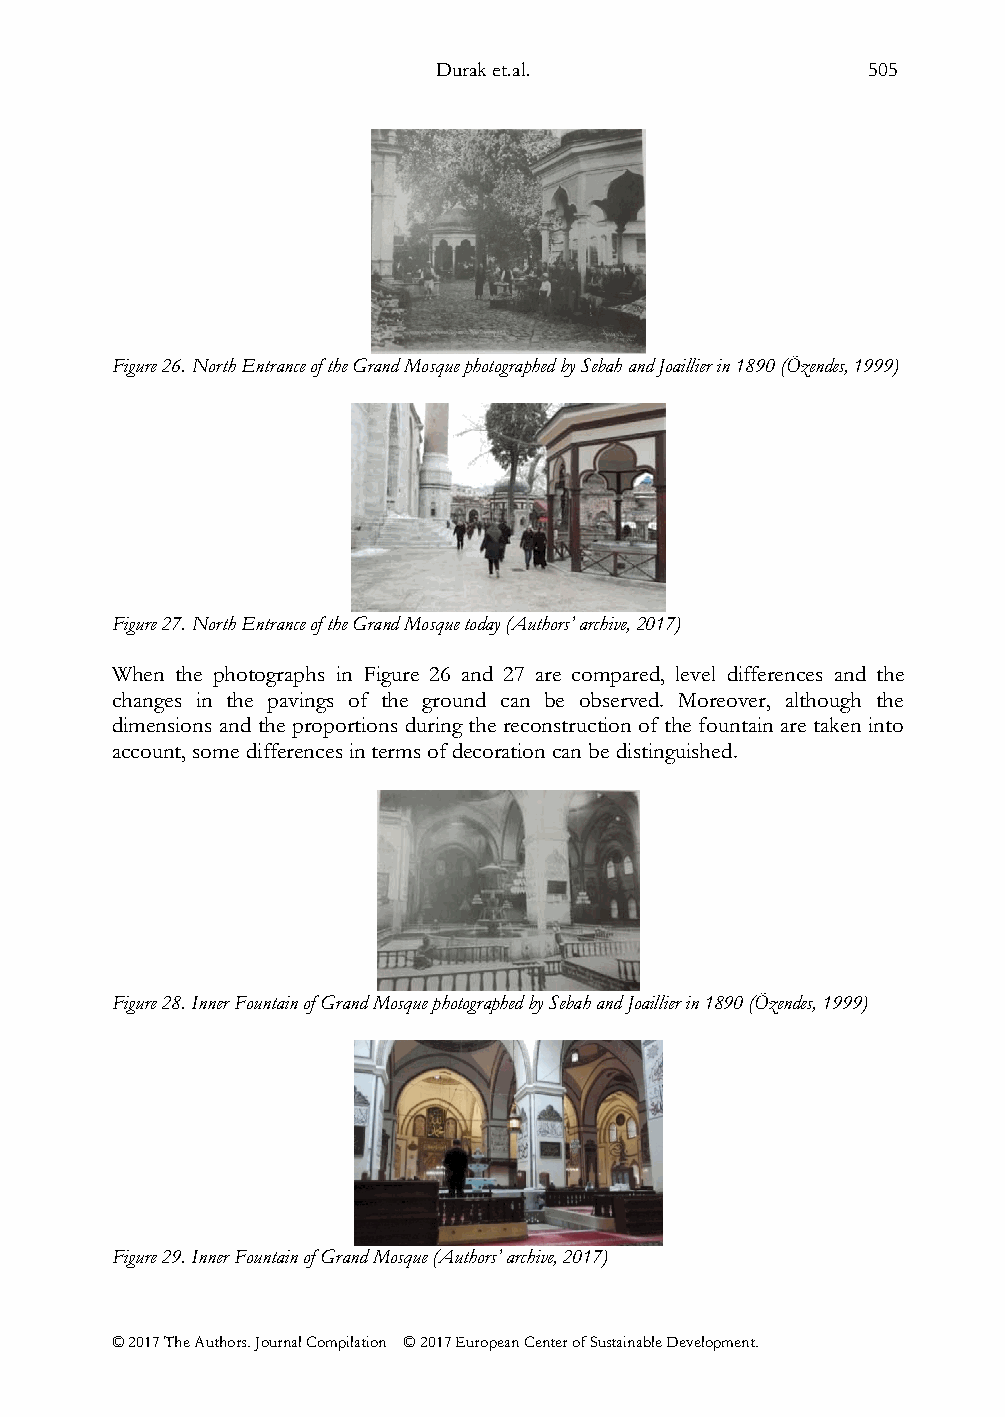
Durak et.al.                505
 Figure 26. North Entrance of the Grand Mosque photographed by Sebah and Joaillier in 1890 (Özendes, 1999)
 Figure 27. North Entrance of the Grand Mosque today (Authors’ archive, 2017)
 When the photographs in Figure 26 and 27 are compared, level differences and the
 changes in the pavings of the ground can be observed. Moreover, although the
 dimensions and the proportions during the reconstruction of the fountain are taken into
 account, some differences in terms of decoration can be distinguished.
 Figure 28. Inner Fountain of Grand Mosque photographed by Sebah and Joaillier in 1890 (Özendes, 1999)
 Figure 29. Inner Fountain of Grand Mosque (Authors’ archive, 2017)
 © 2017 The Authors. Journal Compilation © 2017 European Center of Sustainable Development.